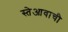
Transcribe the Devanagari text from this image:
स्तेआवाची